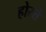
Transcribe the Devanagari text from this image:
होस्ते